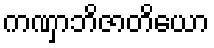
ကဏှာဘိဇာတိယော